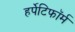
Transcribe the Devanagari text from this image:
हर्पेटिफॉर्म